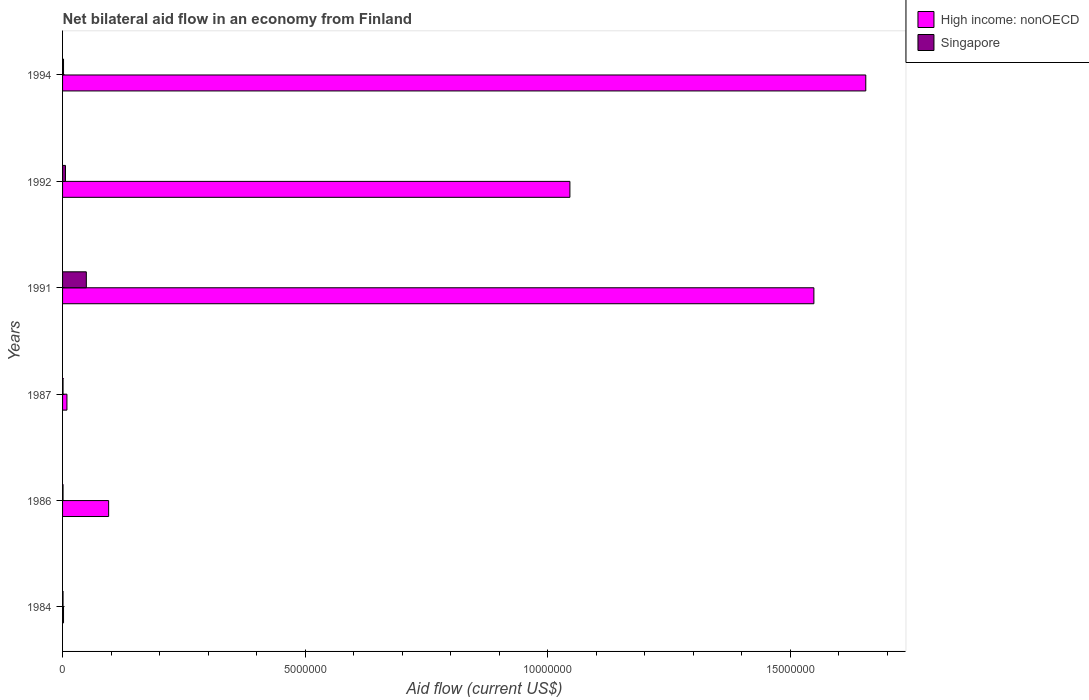
| Years | High income: nonOECD | Singapore |
 | --- | --- | --- |
 | 1984 | 2e+04 | 1e+04 |
 | 1986 | 9.5e+05 | 1e+04 |
 | 1987 | 9e+04 | 1e+04 |
 | 1991 | 1.55e+07 | 4.9e+05 |
 | 1992 | 1.05e+07 | 6e+04 |
 | 1994 | 1.66e+07 | 2e+04 |